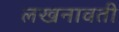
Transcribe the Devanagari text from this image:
लखनावती